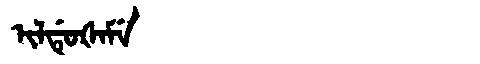
Manchu: ᡳᠯᡩᡠᡧᠠᠮᡝ
Romanization: ILDUŠAME